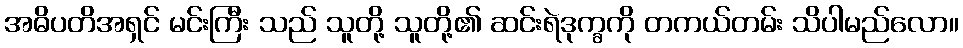
အဓိပတိအရှင် မင်းကြီး သည် သူတို့ သူတို့၏ ဆင်းရဲဒုက္ခကို တကယ်တမ်း သိပါမည်လော။